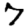
Digit: 7